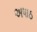
અષાઠ